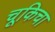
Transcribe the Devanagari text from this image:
चूकिचा